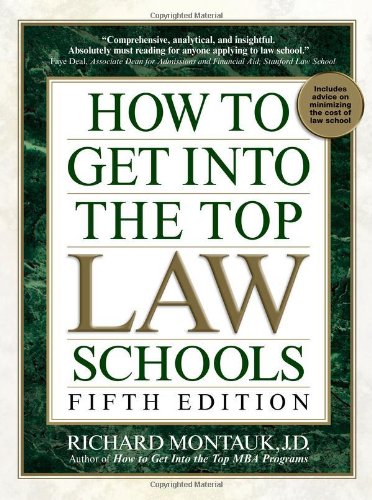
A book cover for How to Get Into Top Law Schools 5th Edition (How to Get Into the Top Law Schools); Richard Montauk; Test Preparation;